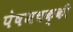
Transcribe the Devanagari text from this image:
पेषणचक्की